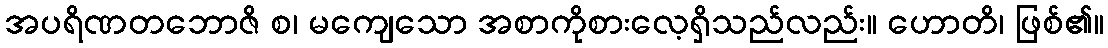
အပရိဏတဘောဇိ စ၊ မကျေသော အစာကိုစားလေ့ရှိသည်လည်း။ ဟောတိ၊ ဖြစ်၏။